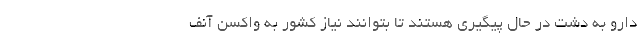
دارو به دشت در حال پیگیری هستند تا بتوانند نیاز کشور به واکسن آنف